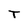
Character: T